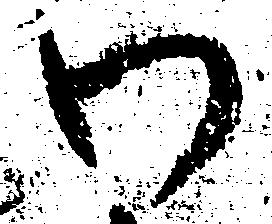
わ